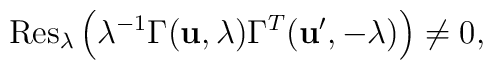
{\rm  Res}_\lambda \left(\lambda^{-1}\Gamma({\bf u},\lambda)\Gamma^T ({\bf u'},-\lambda)\right)\ne 0,